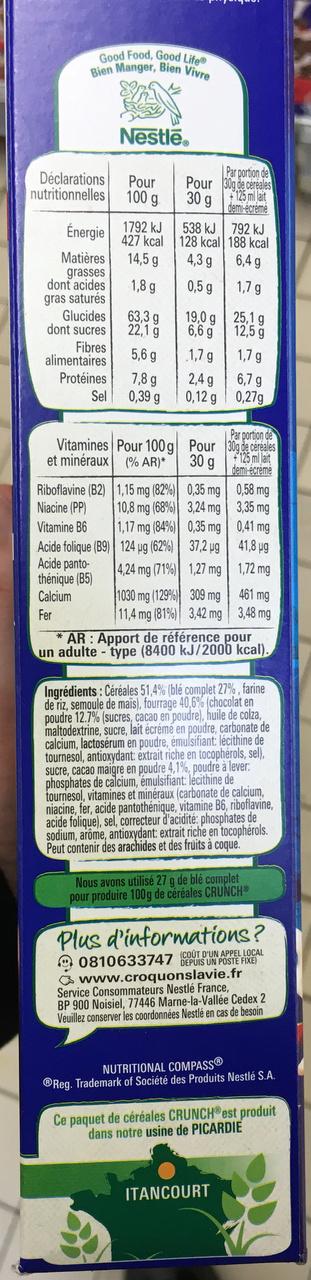
Good Food, Good Life Bien Manger, Bien Vivre
Déclarations
nutritionnelles
Énergie
Matières
grasses
dont acides
gras saturés
Glucides
dont sucres
Fibres
alimentaires
Protéines
Sel
Nestle
Riboflavine (B2)
Niacine (PP)
Vitamine B6
Pour
100 g
1792 kJ
427 kcal
14,5 g
1,8 g
63,3 g
22,1 g
5,6 g
7,8 g
0,39 g
Vitamines Pour 100g et minéraux (% AR)*
1,15 mg (82%)
10,8 mg (68%)
1,17 mg (84%)
Acide folique (B9) 124 ug (62%)
Acide panto4,24 mg (71%)
thénique (B5)
Calcium
Fer
Pour
30 g
538 kJ
128 kcal
4,3 g
0,5 g
19,0 g
6,6 g
1,7 g
2,4 g
0,12 g
Pour
30 g
0,35 mg
3,24 mg
0,35 mg
37,2 µg
1,27 mg
1030 mg (129%)
309 mg
11,4 mg (81%) 3,42 mg
Par portion de 30g de céréales +125 ml lait demi-écrémé
792 kJ
188 kcal
6,4 g
1,7 g
25,1 g
12,5 g
1,7 g
6,7 g
0,27g
Par portion de
30g de cereales +125 ml lait demi-écrémé
0,58 mg
3,35 mg
0,41 mg
41,8 µg
1,72 mg
461 mg
3,48 mg
AR: Apport de référence pour un adulte-type (8400 kJ/2000 kcal).
ITANCOURT
Ingrédients: Céréales 51,4% (blé complet 27%, farine de riz, semoule de mais), fourrage 40,6% (chocolat en poudre 12.7% (sucres, cacao en poudre), huile de colza, maltodextrine, sucre, lait écrémé en poudre, carbonate de calcium, lactosérum en poudre, émulsifiant: lécithine de tournesol, antioxydant: extrait riche en tocophérols, sel). sucre, cacao maigre en poudre 4,1%, poudre à lever: phosphates de calcium, émulsifiant: lecithine de tournesol, vitamines et minéraux (carbonate de calcium, niacine, fer, acide pantothénique, vitamine B6, riboflavine, acide folique), sel, correcteur d'acidité: phosphates de sodium, arôme, antioxydant: extrait riche en tocophérols. Peut contenir des arachides et des fruits à coque.
Nous avons utilisé 27 g de blé complet pour produire 100g de céréales CRUNCH®
Plus d'informations? 0810633747 DEPUIS UN POSTE FIXE www.croquonslavie.fr Service Consommateurs Nestlé France, BP 900 Noisiel, 77446 Marne-la-Vallée Cedex 2 Veuillez conserver les coordonnées Nestlé en cas de besoin
NUTRITIONAL COMPASSⓇ Reg. Trademark of Société des Produits Nestlé S.A.
Ce paquet de céréales CRUNCH est produit dans notre usine de PICARDIE